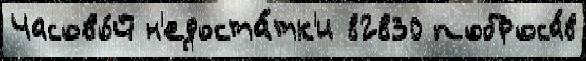
Часово́й н'едоста́тк'и 82830 поброса́в